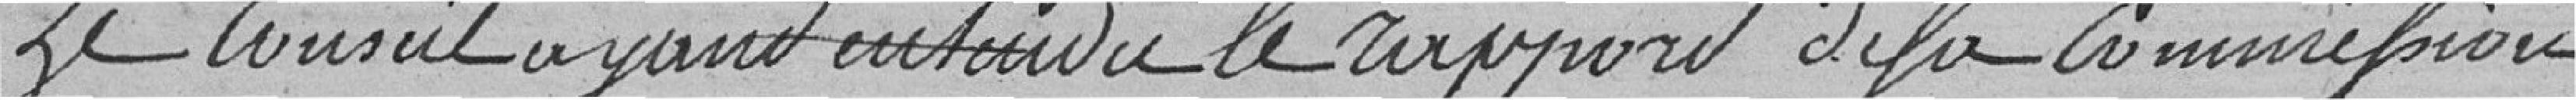
Le conseil ayant entendu le rapport de la commission